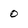
Character: o